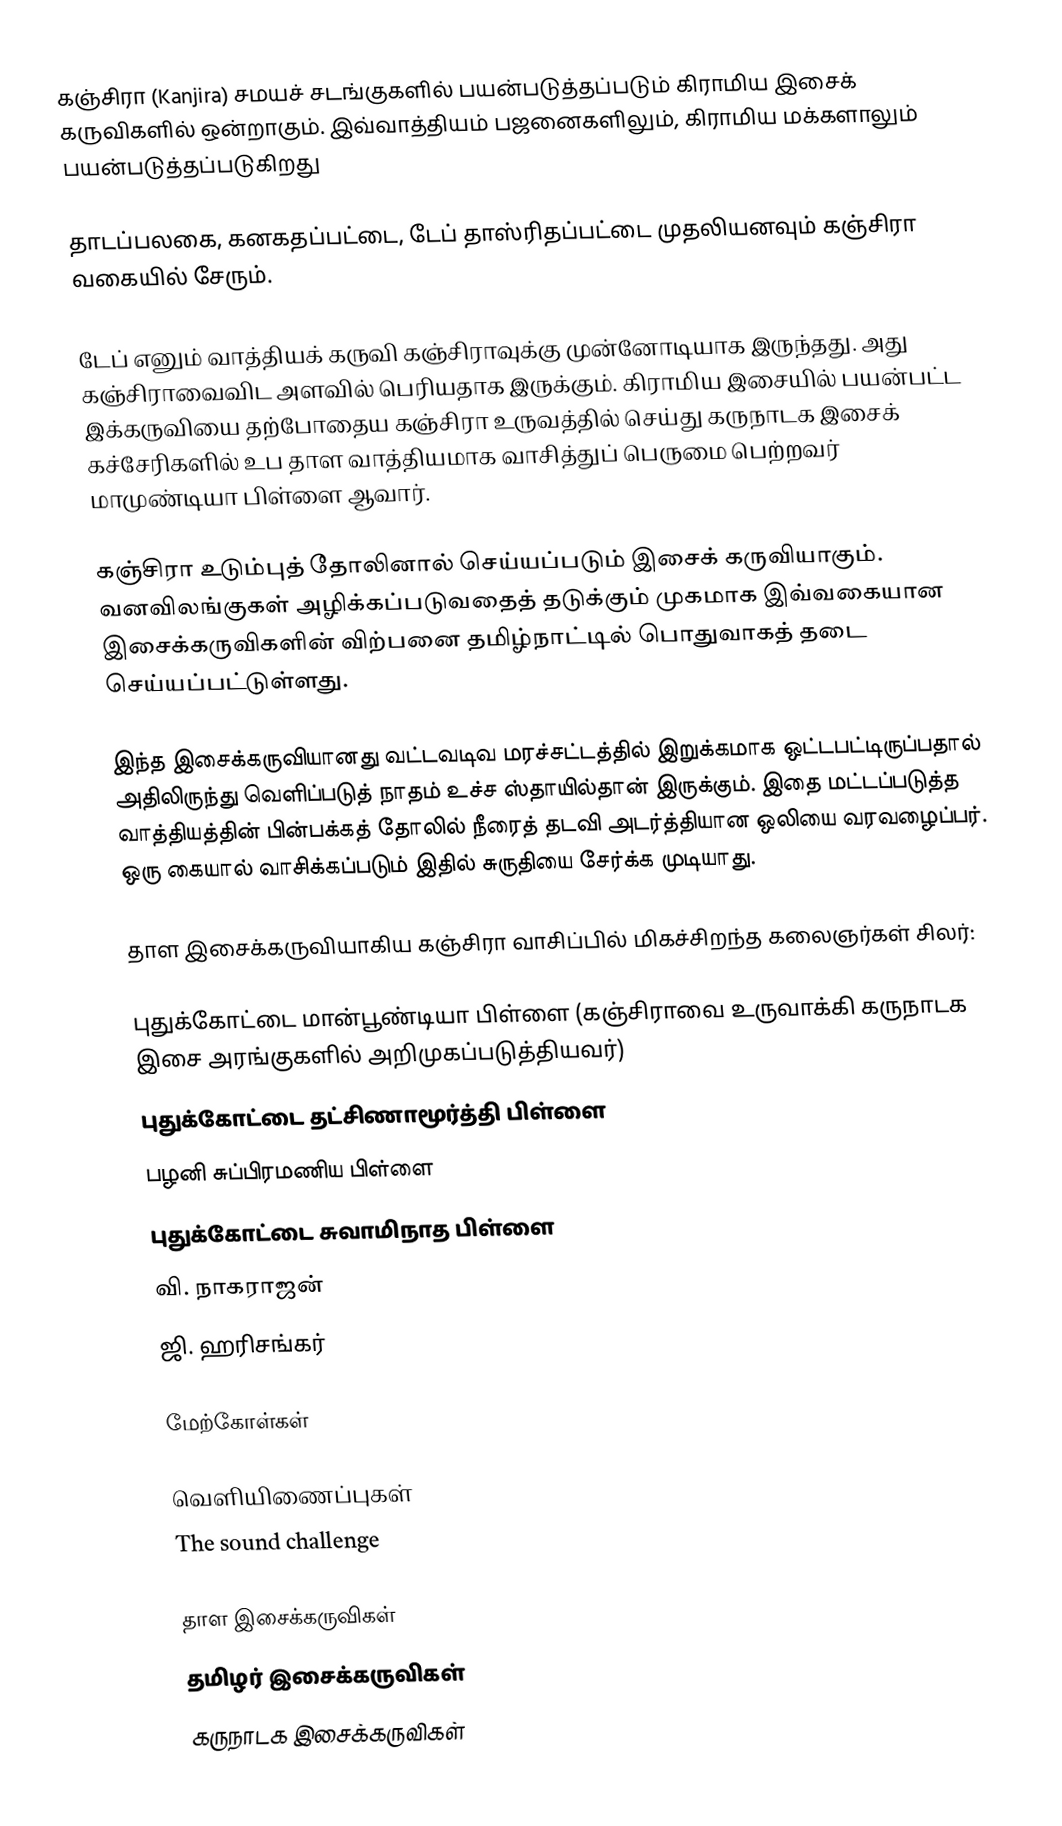
கஞ்சிரா (Kanjira) சமயச் சடங்குகளில் பயன்படுத்தப்படும் கிராமிய இசைக் கருவிகளில் ஒன்றாகும். இவ்வாத்தியம் பஜனைகளிலும், கிராமிய மக்களாலும் பயன்படுத்தப்படுகிறது

தாடப்பலகை, கனகதப்பட்டை, டேப் தாஸ்ரிதப்பட்டை முதலியனவும் கஞ்சிரா வகையில் சேரும்.

டேப் எனும் வாத்தியக் கருவி கஞ்சிராவுக்கு முன்னோடியாக இருந்தது. அது கஞ்சிராவைவிட அளவில் பெரியதாக இருக்கும். கிராமிய இசையில் பயன்பட்ட இக்கருவியை தற்போதைய கஞ்சிரா உருவத்தில் செய்து கருநாடக இசைக் கச்சேரிகளில் உப தாள வாத்தியமாக வாசித்துப் பெருமை பெற்றவர் மாமுண்டியா பிள்ளை ஆவார்.

கஞ்சிரா உடும்புத் தோலினால் செய்யப்படும் இசைக் கருவியாகும். வனவிலங்குகள் அழிக்கப்படுவதைத் தடுக்கும் முகமாக இவ்வகையான இசைக்கருவிகளின் விற்பனை தமிழ்நாட்டில் பொதுவாகத் தடை செய்யப்பட்டுள்ளது.

இந்த இசைக்கருவியானது வட்டவடிவ மரச்சட்டத்தில் இறுக்கமாக ஒட்டபட்டிருப்பதால் அதிலிருந்து வெளிப்படுத் நாதம் உச்ச ஸ்தாயில்தான் இருக்கும். இதை மட்டப்படுத்த வாத்தியத்தின் பின்பக்கத் தோலில் நீரைத் தடவி அடர்த்தியான ஒலியை வரவழைப்பர். ஒரு கையால் வாசிக்கப்படும் இதில் சுருதியை சேர்க்க முடியாது.

தாள இசைக்கருவியாகிய கஞ்சிரா வாசிப்பில் மிகச்சிறந்த கலைஞர்கள் சிலர்:

 புதுக்கோட்டை மான்பூண்டியா பிள்ளை (கஞ்சிராவை உருவாக்கி கருநாடக இசை அரங்குகளில் அறிமுகப்படுத்தியவர்)
 புதுக்கோட்டை தட்சிணாமூர்த்தி பிள்ளை
 பழனி சுப்பிரமணிய பிள்ளை
 புதுக்கோட்டை சுவாமிநாத பிள்ளை
 வி. நாகராஜன்
 ஜி. ஹரிசங்கர்

மேற்கோள்கள்

வெளியிணைப்புகள்
 The sound challenge

தாள இசைக்கருவிகள்
தமிழர் இசைக்கருவிகள்
கருநாடக இசைக்கருவிகள்